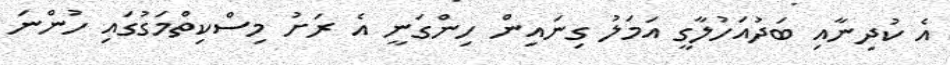
އެ ކުދިނާއި ބަދުއަހުލާގީ އަމަލު ގިނައިން ހިންގަނީ އެ ރަށު މިސްކިތްމަގުގައި ހުންނަ